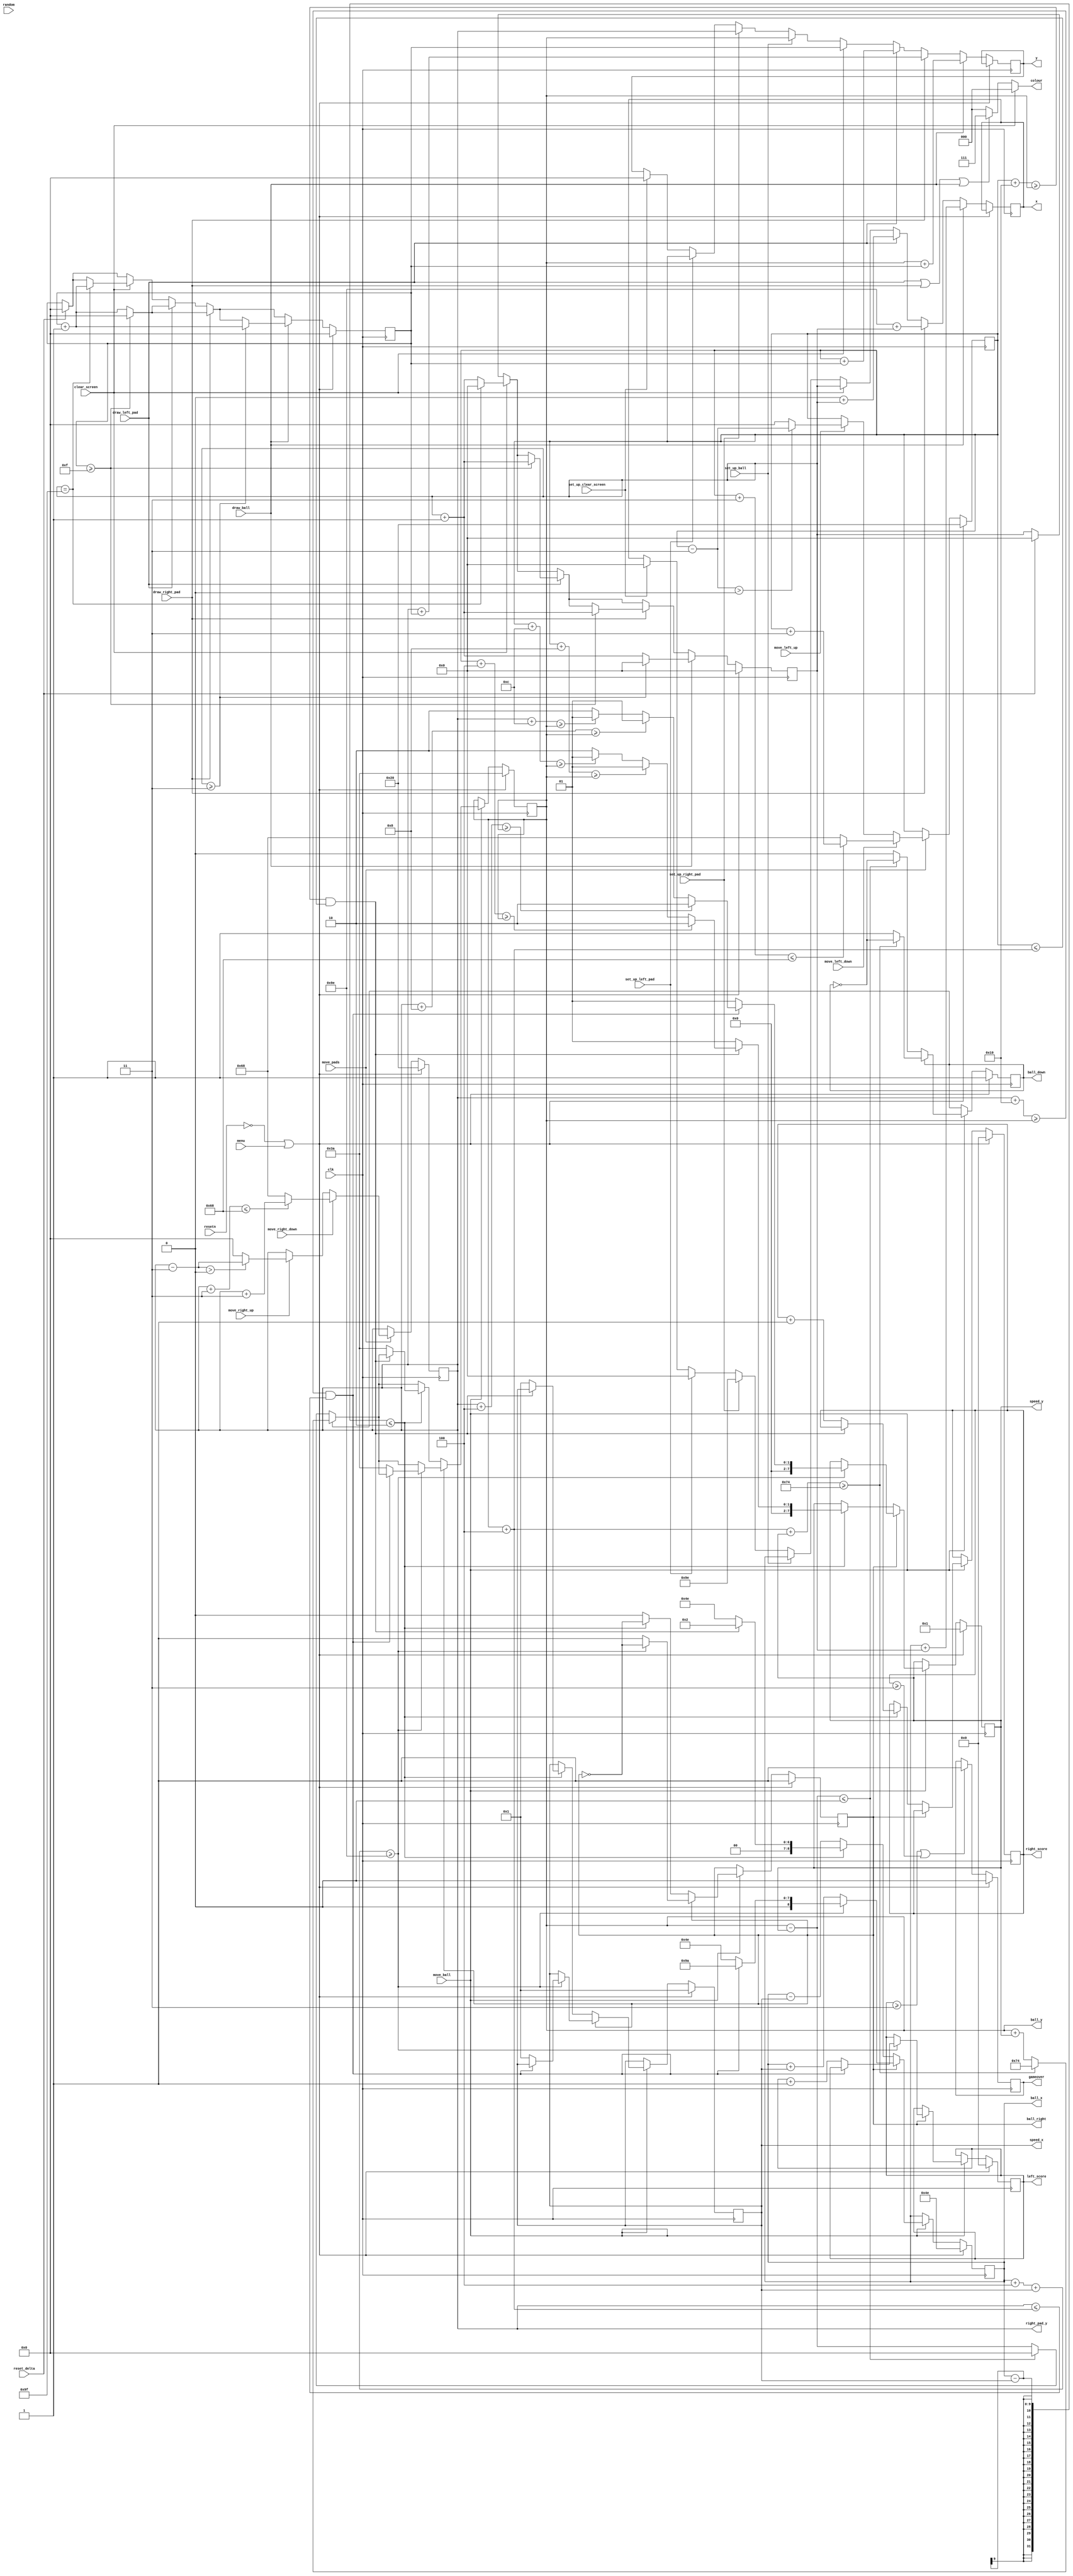
module datapath(
	input clk,
	input resetn,
	input [12:0] random, 
	
	// From keyboard
	input move_left_up, 
	input move_right_up,
	input move_left_down,
	input move_right_down,
	
	// Actions based on current state
	input set_up_clear_screen,
	input clear_screen,
	input move_pads,
	input move_ball,
	input set_up_left_pad,
	input draw_left_pad,
	input set_up_right_pad,
	input draw_right_pad,
	input set_up_ball,
	input draw_ball,
	input reset_delta,
	input menu,
	
	// Output to VGA
	output reg[8:0] x,
	output reg[7:0] y,
	output reg[2:0] colour,
	
	// Output for the AI
	output reg [8:0] ball_x,
	output reg [7:0] ball_y,
	output reg [8:0] speed_x,
	output reg [7:0] speed_y,
	output reg ball_down,
	output reg ball_right,
	output reg [7:0] right_pad_y,
	output reg gameover,
	output reg [3:0] left_score,
	output reg [3:0] right_score
	);
	
	reg [7:0] left_pad_y;
	
	reg change_direction;
	
	reg [8:0] x_delta;
	reg [7:0] y_delta;
	
	localparam LEFT_PAD_X 	= 8'b00000000, 
		RIGHT_PAD_X 		= 8'b10011110,
		BALL_START_X 		= 8'b01001110,
		BALL_START_Y 		= 7'b0111010,
		PAD_MOVE_DELTA 		= 7'b0000011,
		PAD_WIDTH 			= 2,
		PAD_HEIGHT 			= 16,
		BALL_WIDTH 			= 4,
		SCORE				= 3;	// TODO: Make this 9 for actual game
	
	always @(posedge clk) begin
		if(!resetn || menu) begin
			left_pad_y <= 7'b0100000;
			right_pad_y <= 7'b0100000;
			ball_x <= BALL_START_X;
			ball_y <= BALL_START_Y;
			x_delta <= 0;
			y_delta <= 0;
			speed_x <= 8'b00000001;
			speed_y <= 7'b0000001;
			ball_right = 1'b1;
			ball_down = 1'b1;
			change_direction = 0;
			left_score <= 0;
			right_score <= 0;
			gameover <= 0;
		end
		else begin
			if(reset_delta) begin
				x_delta <= 0;
				y_delta <= 0;
			end
			if(set_up_clear_screen) begin
				x <= 0;
				y <= 0;
			end
			if(set_up_left_pad) begin
				x <= LEFT_PAD_X;
				y <= left_pad_y;
			end
			if(set_up_right_pad) begin
				x <= RIGHT_PAD_X;
				y <= right_pad_y;
			end
			if(set_up_ball) begin
				x <= ball_x;
				y <= ball_y;
			end
			if(clear_screen) begin
				if(x_delta == 159) begin
					x_delta <= 0;
					y_delta <= y_delta+1;
				end
				else
					x_delta <= x_delta + 1;
				
				x <= x_delta;
				y <= y_delta;
			end
			
			// If we're moving the paddles, make sure we dont go outside the screen
			if(move_pads) begin
				if(move_left_up) begin
					if($signed(left_pad_y - PAD_MOVE_DELTA) > $signed(0))
						left_pad_y <= left_pad_y - PAD_MOVE_DELTA;
					else
						left_pad_y <= 0;
				end
				if(move_right_up) begin
					if($signed(right_pad_y - PAD_MOVE_DELTA) > $signed(0))
						right_pad_y <= right_pad_y - PAD_MOVE_DELTA;
					else right_pad_y <= 0;
				end
				if(move_left_down) begin
					if(left_pad_y + PAD_MOVE_DELTA <= 120 - PAD_HEIGHT)
						left_pad_y <= left_pad_y + PAD_MOVE_DELTA;
					else
						left_pad_y <= 120 - PAD_HEIGHT;
				end
				if(move_right_down) begin
					if(right_pad_y + PAD_MOVE_DELTA <= 120 - PAD_HEIGHT)
						right_pad_y <= right_pad_y + PAD_MOVE_DELTA;
					else
						right_pad_y <= 120 - PAD_HEIGHT;
				end
			end
			
			// If we're moving the ball, begin working with fun collisions!
			if(move_ball) begin
				// If the ball is going down, make sure it doesnt fall off the screen
				if(ball_down) begin
					if(ball_y + BALL_WIDTH + speed_y >= 120 - BALL_WIDTH) begin
						ball_y <= 120 - BALL_WIDTH;
						ball_down <= !ball_down;
					end
					else
						ball_y <= ball_y + speed_y;
				end
				// Otherwise the ball is going up, also make sure it doesnt fall off the screen
				else begin
					if($signed(ball_y - speed_y) <= $signed(0)) begin
						ball_y <= 0;
						ball_down <= !ball_down;
					end
					else
						ball_y <= ball_y - speed_y;
				end
				// If the ball is going right
				if(ball_right) begin
					// If the ball is within the scoring/paddle area see if it scores or is reflected
					if(ball_x + BALL_WIDTH + speed_x >= RIGHT_PAD_X) begin
						if(right_pad_y + PAD_HEIGHT >= ball_y && right_pad_y <= ball_y + BALL_WIDTH) begin
							ball_x <= RIGHT_PAD_X - BALL_WIDTH;
							ball_right <= !ball_right;
							// Depending on where we hit the paddle, alter the y speed of the ball
							if(right_pad_y + (PAD_HEIGHT / 4) >= ball_y) begin
								speed_y <= 7'b0000010;
							end
							else if(right_pad_y + (PAD_HEIGHT / 2) >= ball_y) begin
								speed_y <= 7'b0000001;
							end
							else if(right_pad_y + (PAD_HEIGHT * 3 / 4) >= ball_y) begin
								speed_y <= 7'b0000001;
							end
							else begin
								speed_y <= 7'b0000010;
							end
						end
						// Otherwise its scored, so reset x and y positions and speeds, and update score
						else begin
							ball_x <= BALL_START_X;
							ball_y <= BALL_START_Y;
							speed_x <= 8'b00000001;
							speed_y <= 7'b0000001;
							ball_right <= !ball_right;
							left_score <= left_score + 1;
						end							
					end
					// Otherwise move the ball in the positive x direction
					else
						ball_x <= ball_x + speed_x;
				end
				// Otherwise we're going left
				else begin
					// If the ball is within the scoring/paddle area see if it scores or is reflected
					if(ball_x - speed_x <= LEFT_PAD_X + PAD_WIDTH) begin
						if(left_pad_y + PAD_HEIGHT >= ball_y && left_pad_y <= ball_y + BALL_WIDTH) begin
							ball_x <= LEFT_PAD_X + PAD_WIDTH;
							ball_right <= !ball_right;
							// Depending on where we hit the paddle, alter the y speed of the ball
							if(left_pad_y + (PAD_HEIGHT / 4) >= ball_y) begin
								speed_y <= 7'b0000010;
							end
							else if(left_pad_y + (PAD_HEIGHT / 2) >= ball_y) begin
								speed_y <= 7'b0000001;
							end
							else if(left_pad_y + (PAD_HEIGHT * 3 / 4) >= ball_y) begin
								speed_y <= 7'b0000001;
							end
							else begin
								speed_y <= 7'b0000010;
							end
						end
						// Otherwise its scored, so reset x and y positions and speeds, and update score
						else begin
							ball_x <= BALL_START_X;
							ball_y <= BALL_START_Y;
							speed_x <= 8'b00000001;
							speed_y <= 7'b0000001;
							ball_right <= !ball_right;
							right_score <= right_score + 1;
						end		
					end
					// Otherwise move the ball in the negative x direction
					else
						ball_x <= ball_x - speed_x;
				end
			end
			// See if someone won
			if(left_score >= SCORE || right_score >= SCORE) begin
				gameover <= 1;
			end
			// Draw/Update the left paddle
			if(draw_left_pad) begin			
				if (y_delta >= PAD_HEIGHT - 1) begin
					y_delta <= 0;
					x_delta <= x_delta +1;
				end
				else begin
					y_delta <= y_delta +1;
				end
				
				x <= LEFT_PAD_X + x_delta;
				y <= left_pad_y + y_delta;
			end
			// Draw/Update the right paddle
			if(draw_right_pad) begin
				if (y_delta >= PAD_HEIGHT - 1) begin
					y_delta <= 0;
					x_delta <= x_delta + 1;
				end
				else begin
					y_delta <= y_delta + 1;
				end
				
				x <= RIGHT_PAD_X + x_delta;
				y <= right_pad_y + y_delta;
			end
			// Draw/Update the ball
			if(draw_ball) begin
				if(x_delta >= 3) begin
					x_delta <= 0;
					y_delta <= y_delta + 1;
				end
				else begin
					x_delta <= x_delta +1;
				end
				
				x <= ball_x + x_delta;
				y <= ball_y + y_delta;
			end
		end
	end
	
	always @(*) begin
		// Pick the colour of what we're drawing
		if(clear_screen)
			colour <= 3'b000;
		else if(draw_left_pad || draw_right_pad || draw_ball)
			colour <= 3'b111;
		else
			colour <= 3'b000;
	end
endmodule